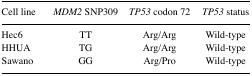
| Cell line | MDM2 SNP309 | TP53 codon 72 | TP53 status |
 | --- | --- | --- | --- |
 | Hec6 | TT | Arg/Arg | Wild-type |
 | HHUA | TG | Arg/Arg | Wild-type |
 | Sawano | GG | Arg/Pro | Wild-type |